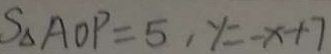
S _ { \Delta } A O P = 5 , y = - x + 7